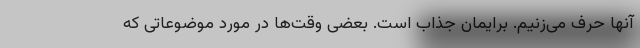
آنها حرف می‌زنیم. برایمان جذاب است. بعضی وقت‌ها در مورد موضوعاتی که